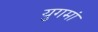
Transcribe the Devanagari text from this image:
युगमां